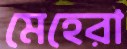
মেহেরা